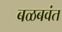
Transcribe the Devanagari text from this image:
बळबवंत